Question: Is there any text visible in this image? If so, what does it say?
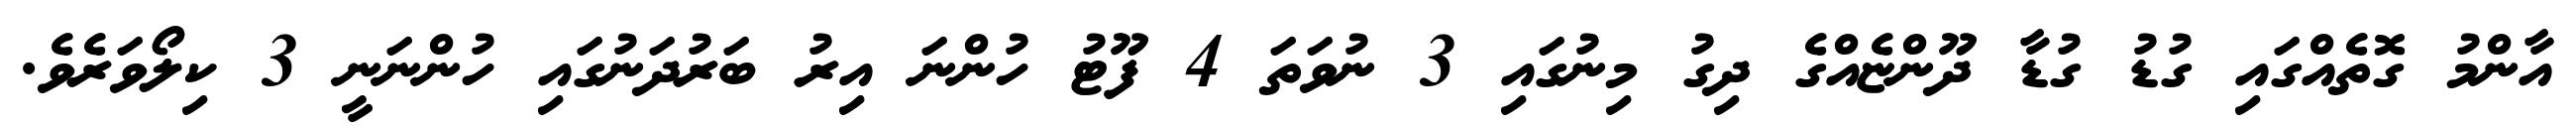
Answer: އާންމު ގޮތެއްގައި ގުޑު ގުޑާ ދޫންޏެއްގެ ދިގު މިނުގައި 3 ނުވަތަ 4 ފޫޓު ހުންނަ އިރު ބަރުދަނުގައި ހުންނަނީ 3 ކިލޯވަރެވެ.